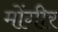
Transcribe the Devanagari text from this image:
मोंगीर